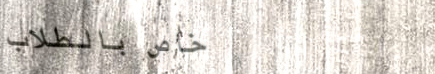
خاص بالطلاب